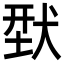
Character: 𬌳